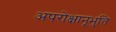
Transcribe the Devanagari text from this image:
अपरोक्षानूभुति